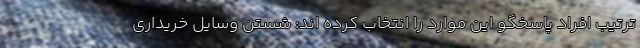
ترتیب افراد پاسخگو این موارد را انتخاب کرده­ اند: شستن وسایل خریداری